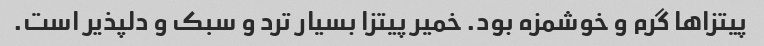
پیتزاها گرم و خوشمزه بود. خمیر پیتزا بسیار ترد و سبک و دلپذیر است.